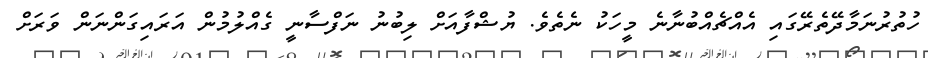
ހުތުރުނަމާދޭތެރޭގައި އެއްޗެއްބުނާނެ މީހަކު ނެތެވެ. ޔުޝްފާއަށް ލިބުނު ނަފްސާނީ ގެއްލުމުން އަރައިގަންނަން ވަރަށް